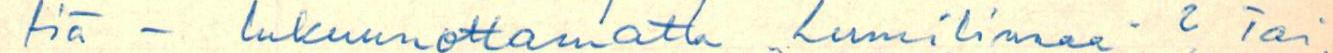
tiä - lukuunottamatta Lumilinnaa. ? Tai